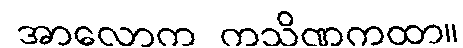
အာလောက ကသိဏကထာ။